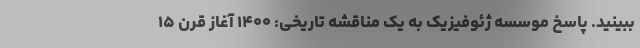
ببینید. پاسخ موسسه ژئوفیزیک به یک مناقشه تاریخی: ۱۴۰۰ آغاز قرن ۱۵